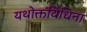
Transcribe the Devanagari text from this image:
यथोक्तविधिना